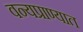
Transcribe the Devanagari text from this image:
वन्यप्राण्यात